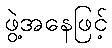
ဖွဲ့အနေဖြင့်